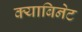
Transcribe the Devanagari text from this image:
क्याबिनेट